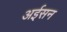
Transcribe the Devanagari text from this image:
अईसन